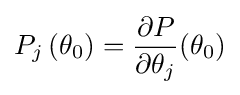
P_{j}\left(\theta _{0}\right)={\frac {\partial P}{\partial \theta _{j}}}(\theta _{0})